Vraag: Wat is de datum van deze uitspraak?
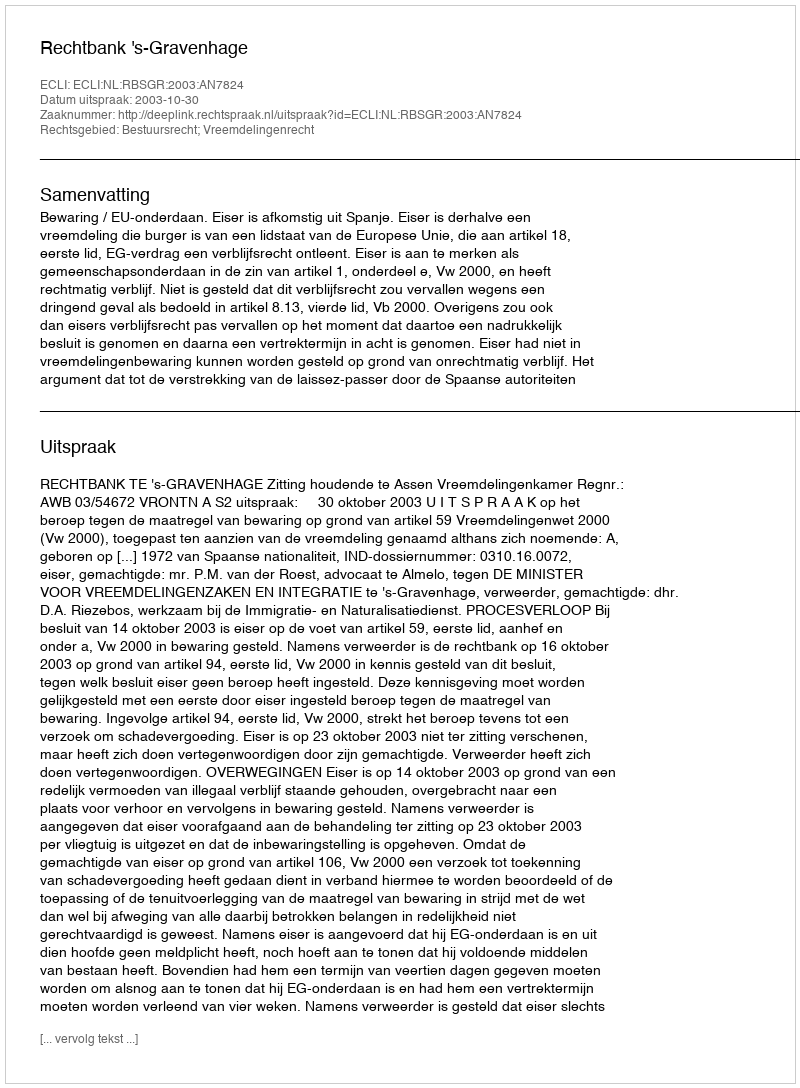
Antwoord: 2003-10-30